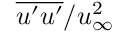
\overline { { u ^ { \prime } u ^ { \prime } } } / u _ { \infty } ^ { 2 }